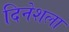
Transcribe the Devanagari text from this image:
दिनेशला